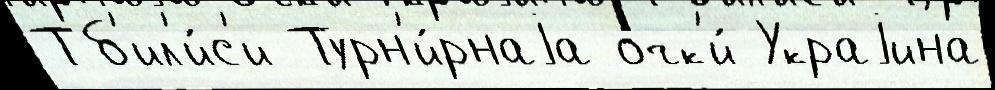
Тб'ил'и́с'и Турн'и́рнаjа очк'и́ Украjина